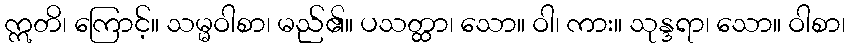
ဣတိ၊ ကြောင့်။ သမ္မဝါစာ၊ မည်၏။ ပသတ္ထာ၊ သော။ ဝါ၊ ကား။ သုန္ဒရာ၊ သော။ ဝါစာ၊